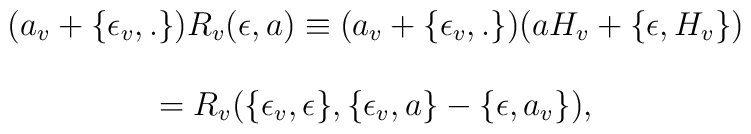
\begin{array}{c}  (a_v+\{\epsilon_v,.\})R_v(\epsilon,a)\equiv(a_v+\{\epsilon_v,.\})(a H_v+\{ \epsilon,H_v\}) \\ \\  =R_v(\{\epsilon_v,\epsilon\},\{\epsilon_v,a  \}-\{\epsilon,a_v\}), \end{array}